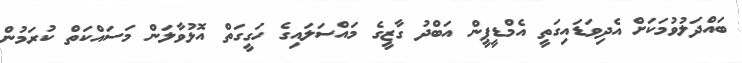
ބައްދަލުވުމަކަށް އެދިވަޑައިގަތީ އެމްޑީޕީން އަބްދު ގާޒީގެ މައްސަލައިގެ ހަގީގަތް އޮޅުވާލަން މަސައްކަތް ކުރަމުން